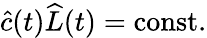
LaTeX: \widehat{c}(t)\widehat{L}(t)=\mathrm{const.}